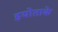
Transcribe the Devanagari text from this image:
इयोताके